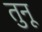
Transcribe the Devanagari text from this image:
तुनू